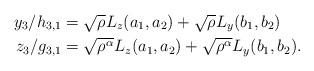
LaTeX: \begin{align*} y_3/ h_{3,1} &= \sqrt{\rho} L_{z} (a_1, a_2) + \sqrt{\rho} L_{y} (b_1, b_2) \\ z_3/ g_{3,1} &= \sqrt{\rho^{\alpha}} L_{z} (a_1, a_2) + \sqrt{\rho^{\alpha}} L_{y} (b_1, b_2).\end{align*}